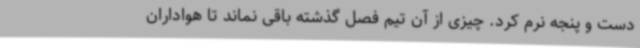
دست و پنجه نرم کرد. چیزی از آن تیم فصل گذشته باقی نماند تا هواداران